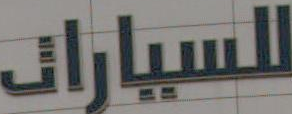
للسيارات